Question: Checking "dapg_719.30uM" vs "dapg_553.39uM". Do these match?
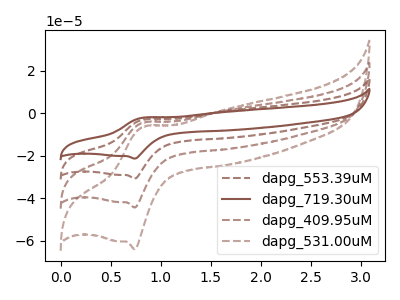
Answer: <think>The brown dashed curve "dapg_553.39uM" has an anodic peak at (0.85V, -3.10uA) and a cathodic peak at (0.75V, -30.80uA). The brown curve "dapg_719.30uM" has an anodic peak at (0.85V, -2.15uA) and a cathodic peak at (0.75V, -21.40uA). The brown dashed curve "dapg_409.95uM" has an anodic peak at (0.85V, -6.20uA) and a cathodic peak at (0.75V, -61.60uA). The brown dashed curve "dapg_531.00uM" has an anodic peak at (0.85V, -9.25uA) and a cathodic peak at (0.75V, -92.40uA).
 All the peaks in "dapg_719.30uM" have a peak in "dapg_553.39uM" at the same potential.</think>
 <answer>"dapg_719.30uM" and "dapg_553.39uM" are similar in shape.</answer>
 <eval>same_shape</eval>